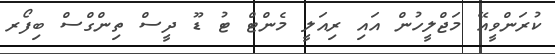
ކުރަންވީއޭ މަޖްލީހުން އައި ރިއަލީ މެންޓް ޓު ޑޫ ދީސް ތިންގްސް ބިފޯރ